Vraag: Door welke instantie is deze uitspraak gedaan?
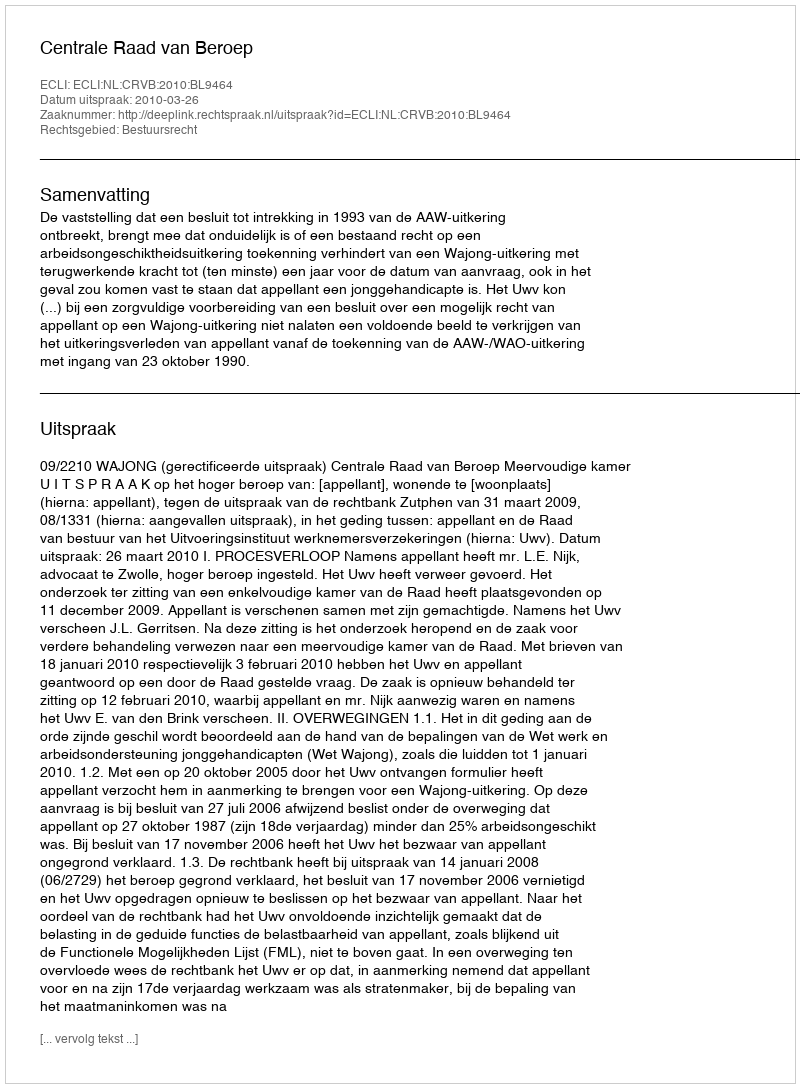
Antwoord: Centrale Raad van Beroep